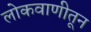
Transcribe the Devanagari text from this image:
लोकवाणीतून